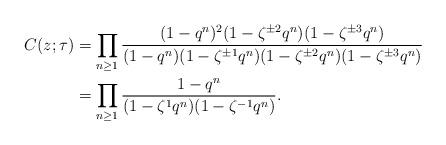
LaTeX: \begin{align*}C(z; \tau) &= \prod_{ n \geq 1} \frac{(1-q^n)^2 (1-\zeta^{\pm 2} q^n)(1-\zeta^{\pm 3}q^n)}{(1-q^n)(1-\zeta^{\pm 1}q^n)(1-\zeta^{\pm 2} q^n)(1-\zeta^{\pm 3}q^n)} \\&= \prod_{n \geq 1} \frac{1-q^n}{(1-\zeta^{1}q^n)(1-\zeta^{-1} q^n)}.\end{align*}